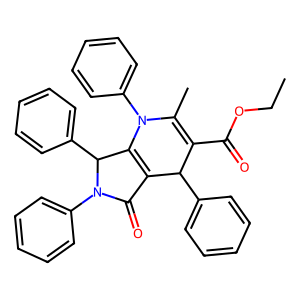
SMILES: CCOC(=O)C1=C(C)N(c2ccccc2)C2=C(C(=O)N(c3ccccc3)C2c2ccccc2)C1c1ccccc1
Inhibits HIV replication: No